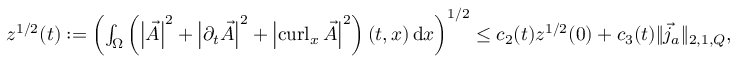
\begin{array} { r } { z ^ { 1 / 2 } ( t ) : = \left( \int _ { \Omega } \left( \left\lvert { \vec { A } } \right\rvert ^ { 2 } + \left\lvert { \partial _ { t } \vec { A } } \right\rvert ^ { 2 } + \left\lvert { \operatorname { c u r l } _ { x } \vec { A } } \right\rvert ^ { 2 } \right) ( t , x ) \, \mathrm d x \right) ^ { 1 / 2 } \leq c _ { 2 } ( t ) z ^ { 1 / 2 } ( 0 ) + c _ { 3 } ( t ) \| \vec { j } _ { a } \| _ { 2 , 1 , Q } , } \end{array}